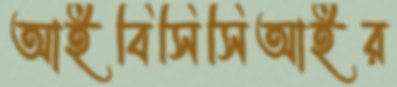
আইবিসিসিআইর